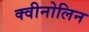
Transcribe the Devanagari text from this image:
क्वीनोलिन